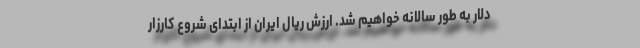
دلار به طور سالانه خواهیم شد. ارزش ریال ایران از ابتدای شروع کارزار